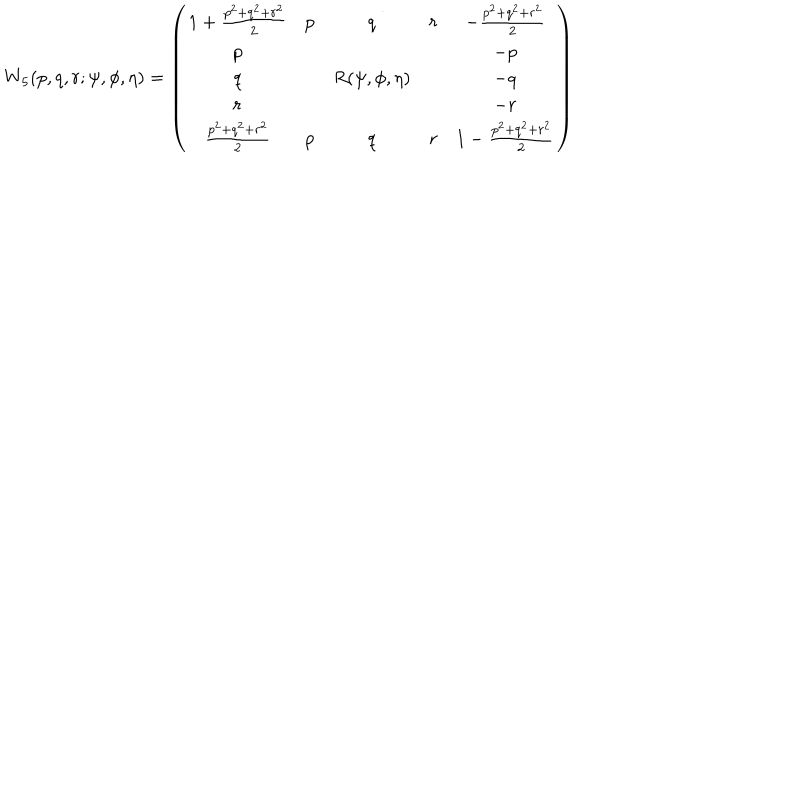
W _ { 5 } ( p , q , r ; \psi , \phi , \eta ) = \left( \begin{array} { c c c c c } { { 1 + \frac { p ^ { 2 } + q ^ { 2 } + r ^ { 2 } } { 2 } } } & { { p } } & { { q } } & { { r } } & { { - \frac { p ^ { 2 } + q ^ { 2 } + r ^ { 2 } } { 2 } } } \\ { { p } } & { { } } & { { } } & { { } } & { { - p } } \\ { { q } } & { { } } & { { R ( \psi , \phi , \eta ) } } & { { } } & { { - q } } \\ { { r } } & { { } } & { { } } & { { } } & { { - r } } \\ { { \frac { p ^ { 2 } + q ^ { 2 } + r ^ { 2 } } { 2 } } } & { { p } } & { { q } } & { { r } } & { { 1 - \frac { p ^ { 2 } + q ^ { 2 } + r ^ { 2 } } { 2 } } } \\ \end{array} \right)